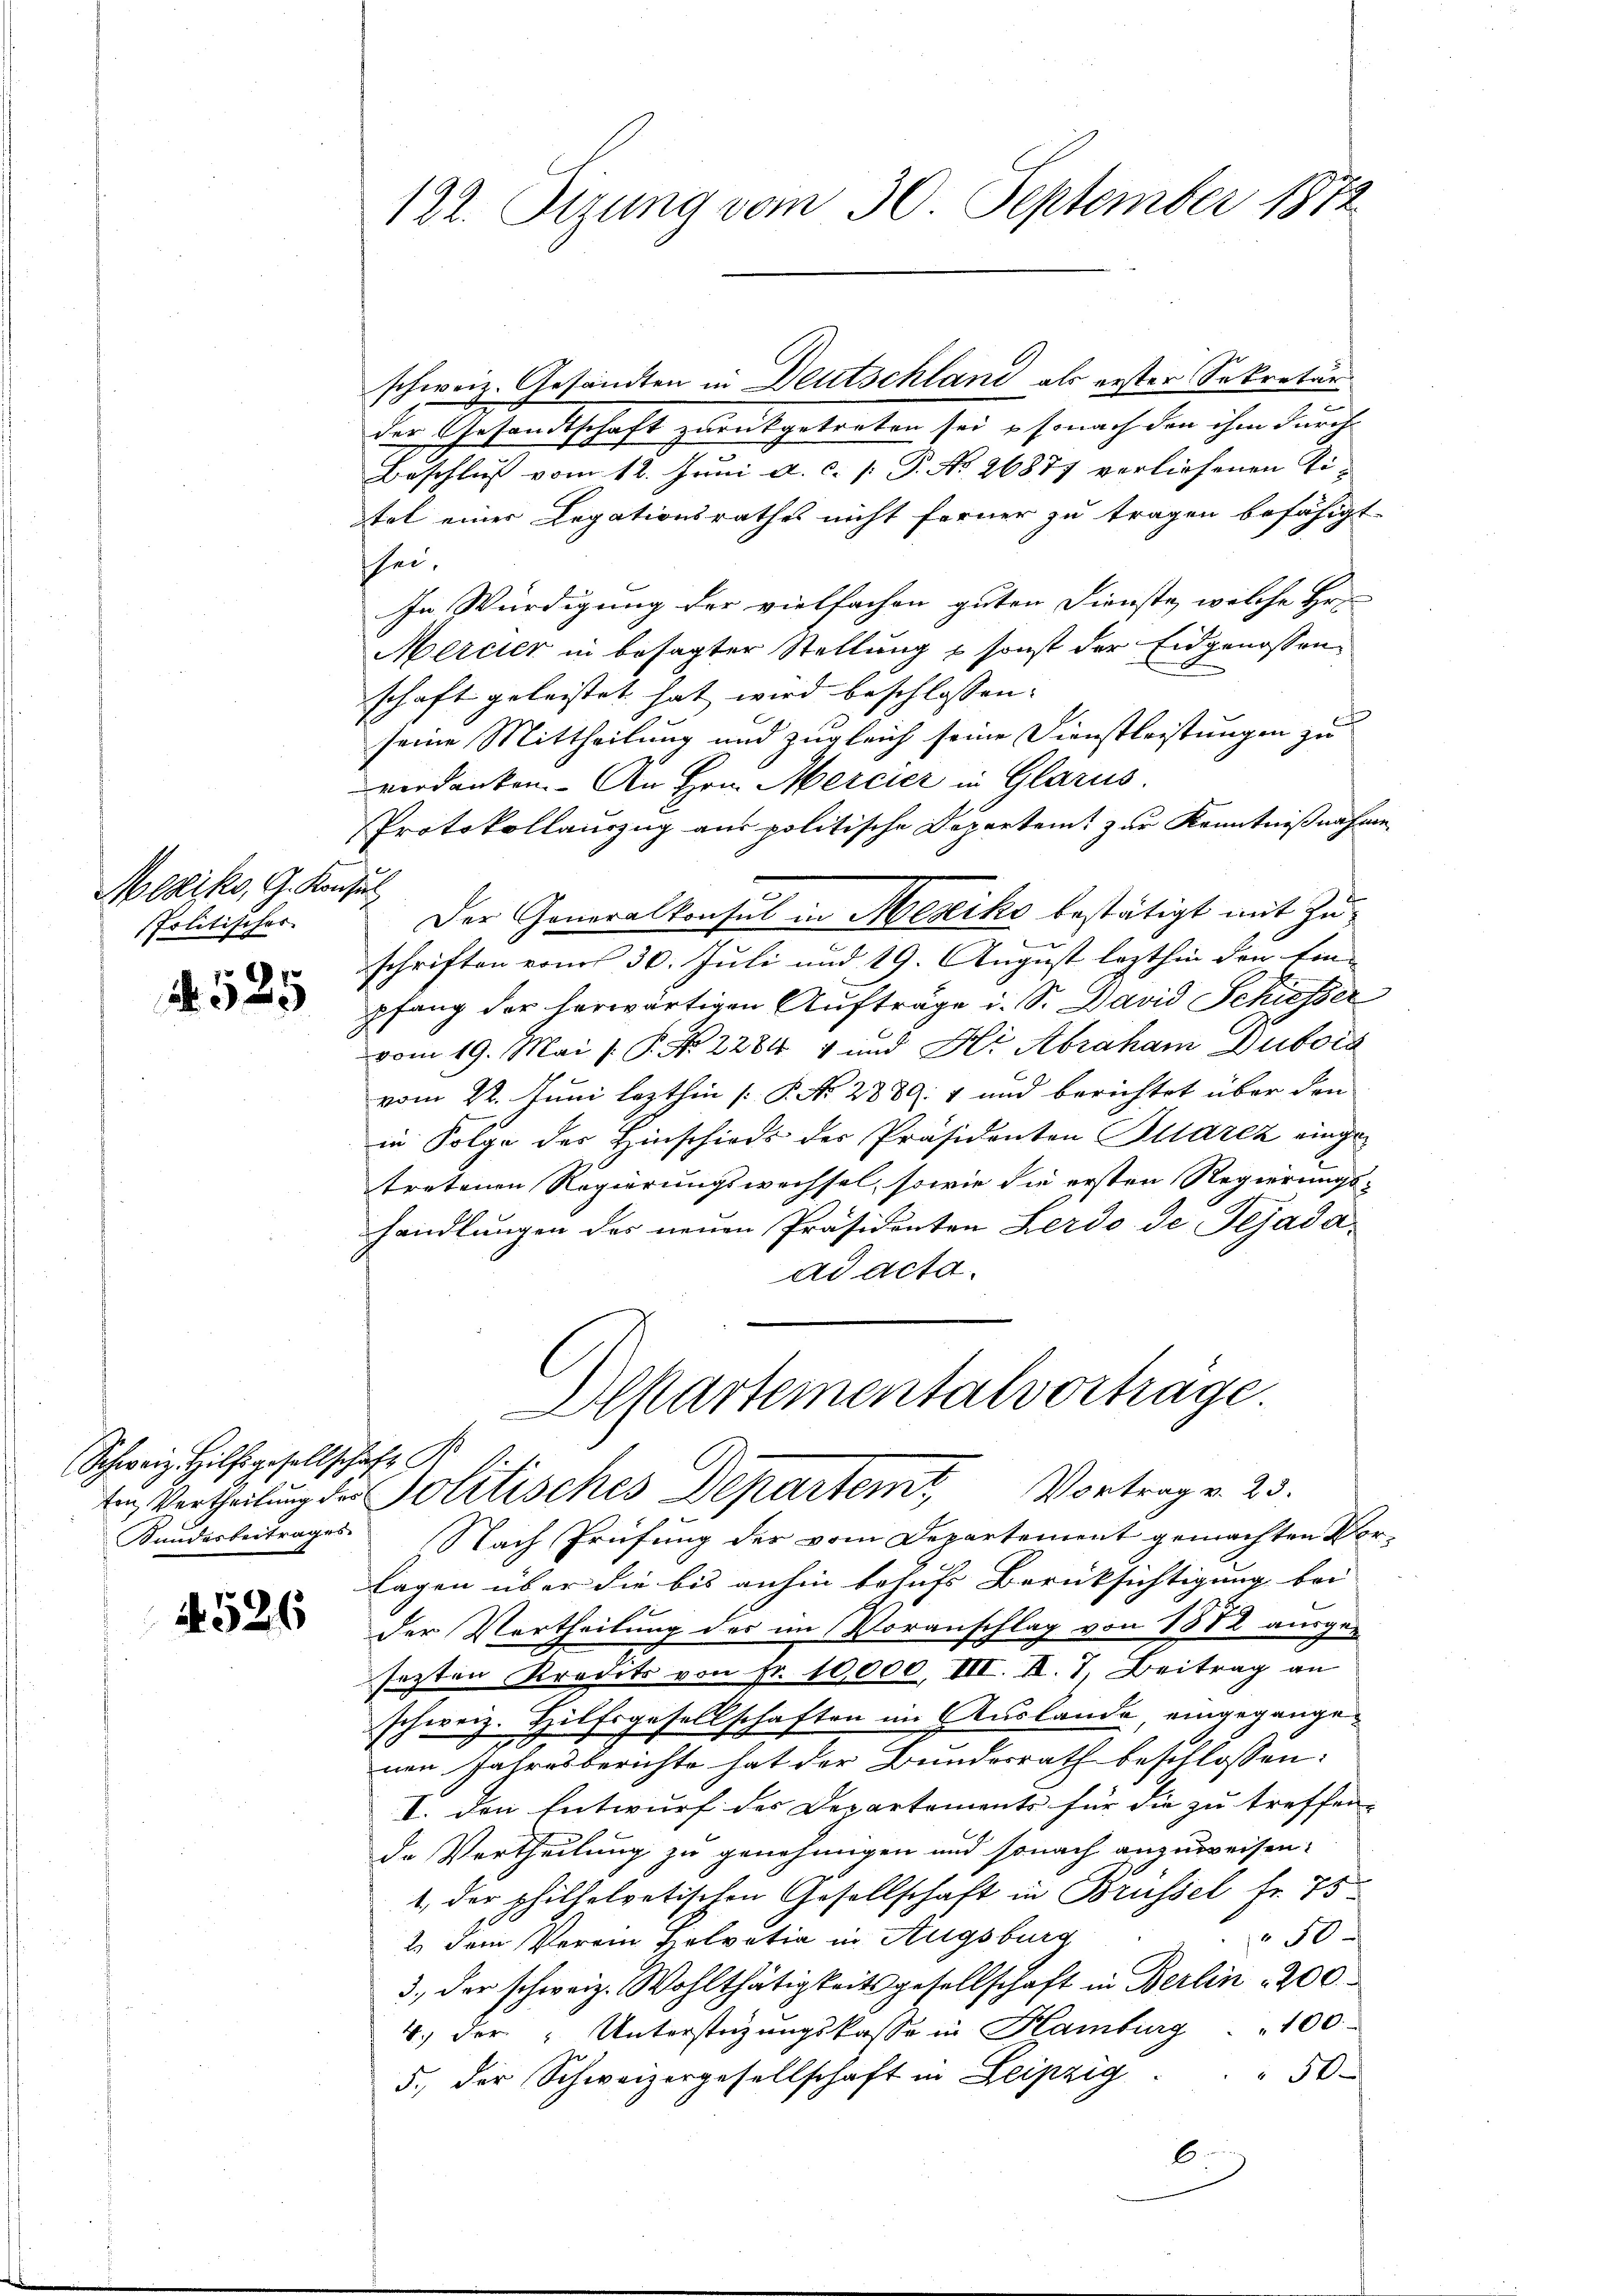
Mexiko, G. Konsul
spolitischer

1525

Schweiz. Hilfsgesellschaft

4526

122. Sizung vom 30. September 1872

der Gesandtschaft zurückgetreten sei, so nach den ihm durch-
Beschluß vom 12. Juni a. c. [ P. No. 26877 verliehenen Titel einer Legationsrathes nicht ferner zu tragen befähigt.
schei¬
In Würdigung der vielfachen guten Dienste, welche Hr.
Mercier in besagter Stellung , sonst der Eidgenossen
schaft geleistet hat wird beschlossen:
seine Mittheilung und zugleich seine Dienstleistungen zu
verdanken. An Hrn. Mercier in Glarus.
Protokollauszug aus politische Departeit zur Kenntnißnahme
e
Der Generalkonsul in Mesiko bestätigt mit Zus
e
schriften vom 30. Juli und 19. August lezthin den Ein-
pfang der herwärtigen Aufträge i. S. David Schusser
vom 19. Mai [ P. Nr. 2284 4 und Hr Abraham Dubois
vom 22. Juni lezthin [P. No 2889. 4 und berichtet über den
in Folge der Hinschieds der Präsidenten Altarez eingetretenen Regierungswechsel, sowie die ersten Regierungs-
handlungen des neuen Präsidenten Lerdo de Tejada
ad acta.
Alsartementalvorträge.

schweiz. Gesandten in Deutschland als erster Sekretär

ten Vertheilung der Politisches Departem Vortrag v. 23.

Kauderbeitrages Nach Prüfung des vom Departement gemachten Vor-
Tagen über die bis anhin behufs Berücksichtigung bei
der Vortheilung des im Voranschlag von 1882 ausge-
sezten Kredits von Fr. 10,000, III. R. 7. Beitrag an
schweiz. Hilfsgesellschaften im Auslande, eingegangenen Jahresberichte hat der Bundesrath beschlossen:
I. Den Entwurf des Departements für die zu treffen. |
de Vertheilung zu genehmigen und sonach anzuweisen.
1, der philhelvetischen Gesellschaft in Brüssel fr. 75
50
2. dem Verein Helvetia in Augsburg
3., der schweiz. Wohlthätigkeitsgesellschaft in Berlin 200
.) der Unterstüzungskasse in Hamburg . . 100
 50.
5., der Schweizergesellschaft in Leipzig
6